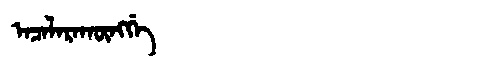
Manchu: ᠠᠴᠠᠯᠠᡵᠠᡴᡡᠩᡤᡝ
Romanization: ACALARAKŪNGGE